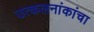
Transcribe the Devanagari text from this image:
उत्कलनांकांचा